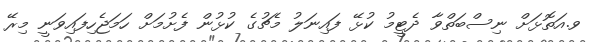
ވ.އަތޮޅަށް ނިސްބަތްވާ ދެޓީމު ކުޅޭ ފައިނަލު މެޗުގެ ކުޅުން ފެށުމަށް ހަމަޖެހިފައިވަނީ މިރޭ